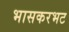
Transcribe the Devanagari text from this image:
भासकरभट